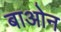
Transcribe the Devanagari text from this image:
बाओन